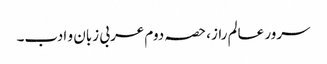
سرور عالم راز، حصہ دوم	عربی زبان و ادب۔